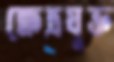
ক্ষেত্রযুক্ত